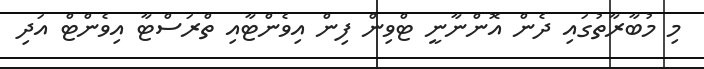
މި މުބާރާތުގައި ދެން އޮންނާނީ ޓްވިން ފިން އިވެންޓާއި ތްރަސްޓާ އިވެންޓް އަދި